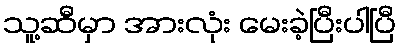
သူ့ဆီမှာ အားလုံး မေးခဲ့ပြီးပါပြီ